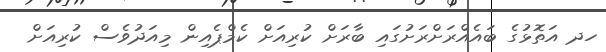
ހދ އަތޮޅުގެ ބައެއްރަށްރަށުގައި ބާރަށް ކުރިއަށް ކެމްޕެއިން މިއަދުވެސް ކުރިއަށް